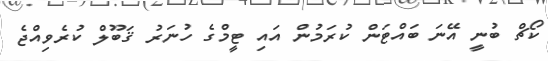
ކޯޗް ބުނީ އޭނަ ބައްޓަން ކުރަމުން އައި ޓީމްގެ ހުނަރު ޤަބޫލް ކުރެވިއްޖެ